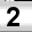
Digit: 2